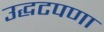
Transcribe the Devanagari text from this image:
उद्धटपणा